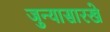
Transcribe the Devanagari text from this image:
जुन्यासारखे